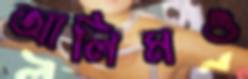
আলিমও